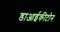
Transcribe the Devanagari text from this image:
डाआईकीटोन